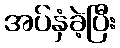
အပ်နှံခဲ့ပြီး